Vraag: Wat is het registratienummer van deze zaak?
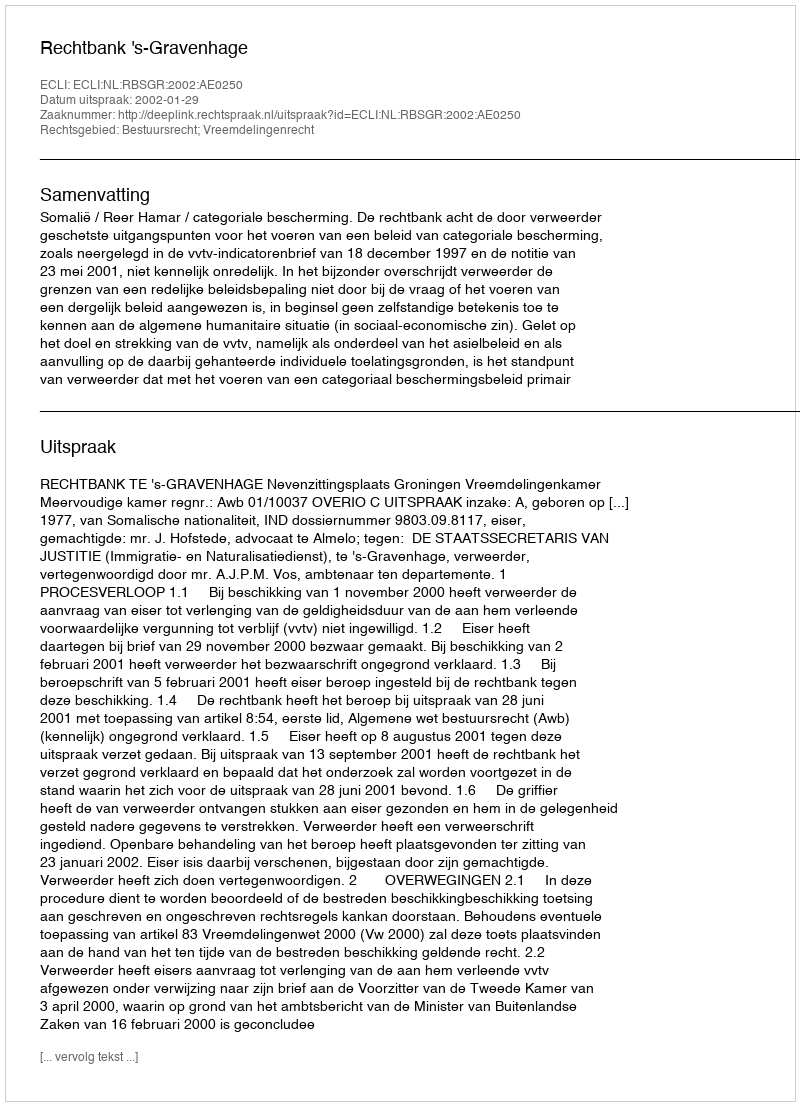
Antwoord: http://deeplink.rechtspraak.nl/uitspraak?id=ECLI:NL:RBSGR:2002:AE0250